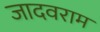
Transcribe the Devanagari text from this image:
जादवराम